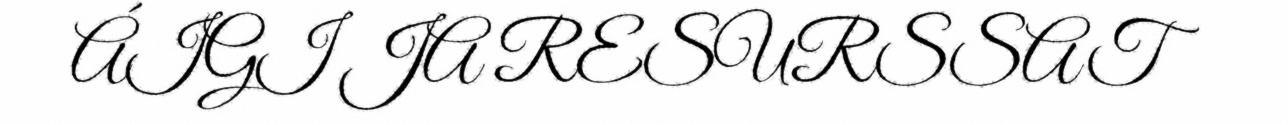
ÁIGI JA RESURSSAT